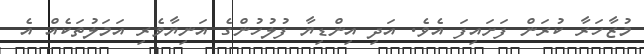
މުޒާހަރާ ކުރަން ފަށައިފަ އެވެ. އަދި އިންޑިޔާ ފުލުހުންގެ އަނިޔާވެރި އަމަލުތަކެއް އެ